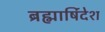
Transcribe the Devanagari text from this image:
ब्रह्मार्षिदेश